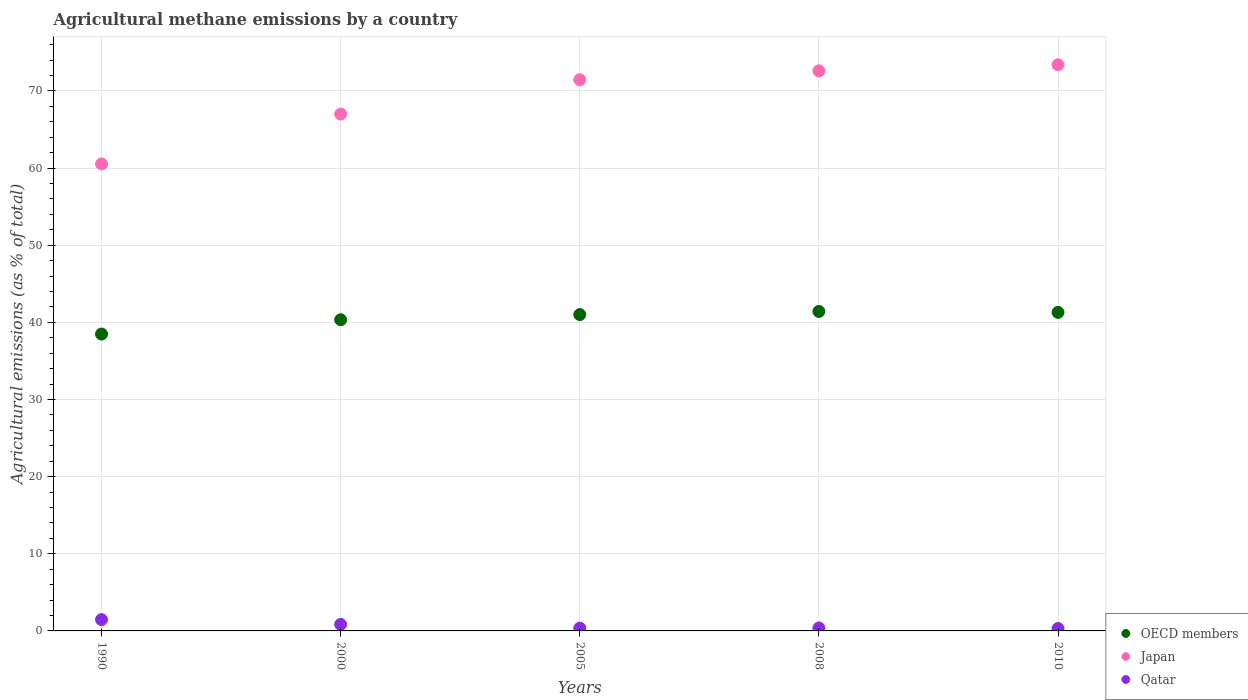
| Years | OECD members | Japan | Qatar |
 | --- | --- | --- | --- |
 | 1990 | 38.5 | 60.5 | 1.46 |
 | 2000 | 40.3 | 67 | 0.849 |
 | 2005 | 41 | 71.4 | 0.363 |
 | 2008 | 41.4 | 72.6 | 0.39 |
 | 2010 | 41.3 | 73.4 | 0.312 |